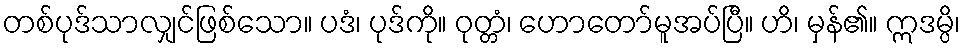
တစ်ပုဒ်သာလျှင်ဖြစ်သော။ ပဒံ၊ ပုဒ်ကို။ ဝုတ္တံ၊ ဟောတော်မူအပ်ပြီ။ ဟိ၊ မှန်၏။ ဣဒမ္ပိ၊